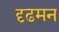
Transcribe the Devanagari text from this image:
दृढमन